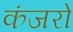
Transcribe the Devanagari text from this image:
कंजरो